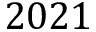
2 0 2 1